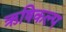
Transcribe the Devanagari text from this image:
ऋषिकल्प